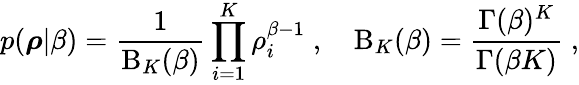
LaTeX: {p}(\boldsymbol{\rho}|\beta)=\frac{1}{\mathrm{B}_{K}(\beta)}\prod_{i=1}^{K}\rho_{i}^{\beta-1}\; ,\quad\mathrm{B}_{K}(\beta)=\frac{\Gamma(\beta)^{K}}{\Gamma(\beta K)}\; ,